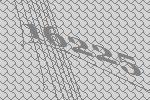
16225